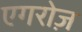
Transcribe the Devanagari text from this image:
एगरोज़